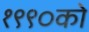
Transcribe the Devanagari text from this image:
१९९०को